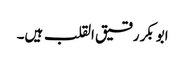
ابوبکر رقیق القلب ہیں۔